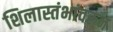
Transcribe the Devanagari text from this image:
शिलास्तंभांवरुन